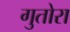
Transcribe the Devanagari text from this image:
गुतोरा